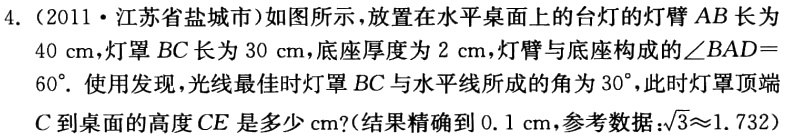
4.（2011·江苏省盐城市）如图所示，放置在水平桌面上的台灯的灯臂\(AB\)长为\(40\mathrm{cm}\)，灯罩\(BC\)长为\(30\mathrm{cm}\)，底座厚度为\(2\mathrm{cm}\)，灯臂与底座构成的\(\angle BAD = 60^{\circ}\)。使用发现，光线最佳时灯罩\(BC\)与水平线所成的角为\(30^{\circ}\)，此时灯罩顶端\(C\)到桌面的高度\(CE\)是多少\(\mathrm{cm}\)？（结果精确到\(0.1\mathrm{cm}\)，参考数据：\(\sqrt{3}\approx1.732\)）